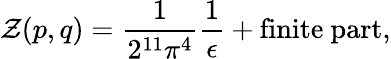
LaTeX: {\cal Z}(p,q)=\frac{1}{2^{11}\pi^{4}}\frac{1}{\epsilon}+\mathrm{finite~part},